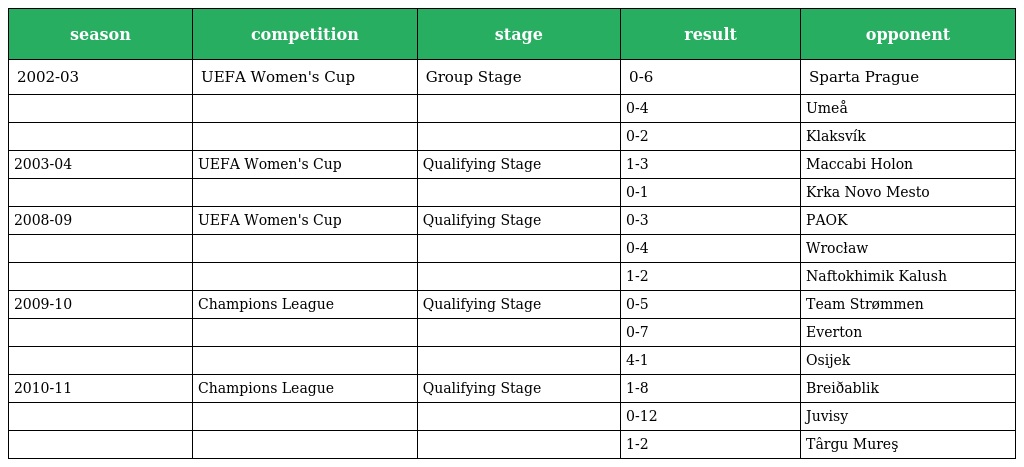
| season | competition | stage | result | opponent |
 | --- | --- | --- | --- | --- |
 | 2002-03 | UEFA Women's Cup | Group Stage | 0-6 | Sparta Prague |
 |  |  |  | 0-4 | Umeå |
 |  |  |  | 0-2 | Klaksvík |
 | 2003-04 | UEFA Women's Cup | Qualifying Stage | 1-3 | Maccabi Holon |
 |  |  |  | 0-1 | Krka Novo Mesto |
 | 2008-09 | UEFA Women's Cup | Qualifying Stage | 0-3 | PAOK |
 |  |  |  | 0-4 | Wrocław |
 |  |  |  | 1-2 | Naftokhimik Kalush |
 | 2009-10 | Champions League | Qualifying Stage | 0-5 | Team Strømmen |
 |  |  |  | 0-7 | Everton |
 |  |  |  | 4-1 | Osijek |
 | 2010-11 | Champions League | Qualifying Stage | 1-8 | Breiðablik |
 |  |  |  | 0-12 | Juvisy |
 |  |  |  | 1-2 | Târgu Mureş |